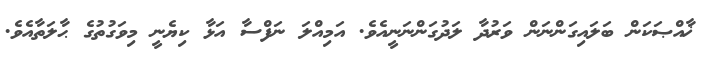
ޚާއްޞަކަން ބަލައިގަންނަން ވަރުދާ ލަދުގަންނަނީއެވެ. އަމިއްލަ ނަފްސާ އަޅާ ކިޔެނީ މިވަގުތުގެ ޙާލަތާއެވެ.